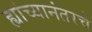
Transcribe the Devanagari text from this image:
ह्यांच्यानंतरचे